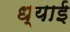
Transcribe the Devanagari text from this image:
ध्याई